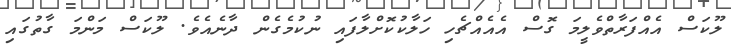
ލޫކަސް އެއްފަރާތްވެލީމަ ގޮސް އެއެއްޗެހި ހަލާކުކޮށްލާފައި ނުކުމެގެން ދާނެއެވެ. ލޫކަސް މަންމަ ގާތުގައި